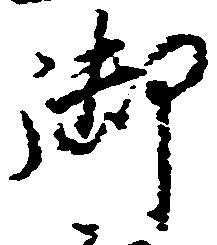
御